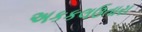
અકકલઉતારા